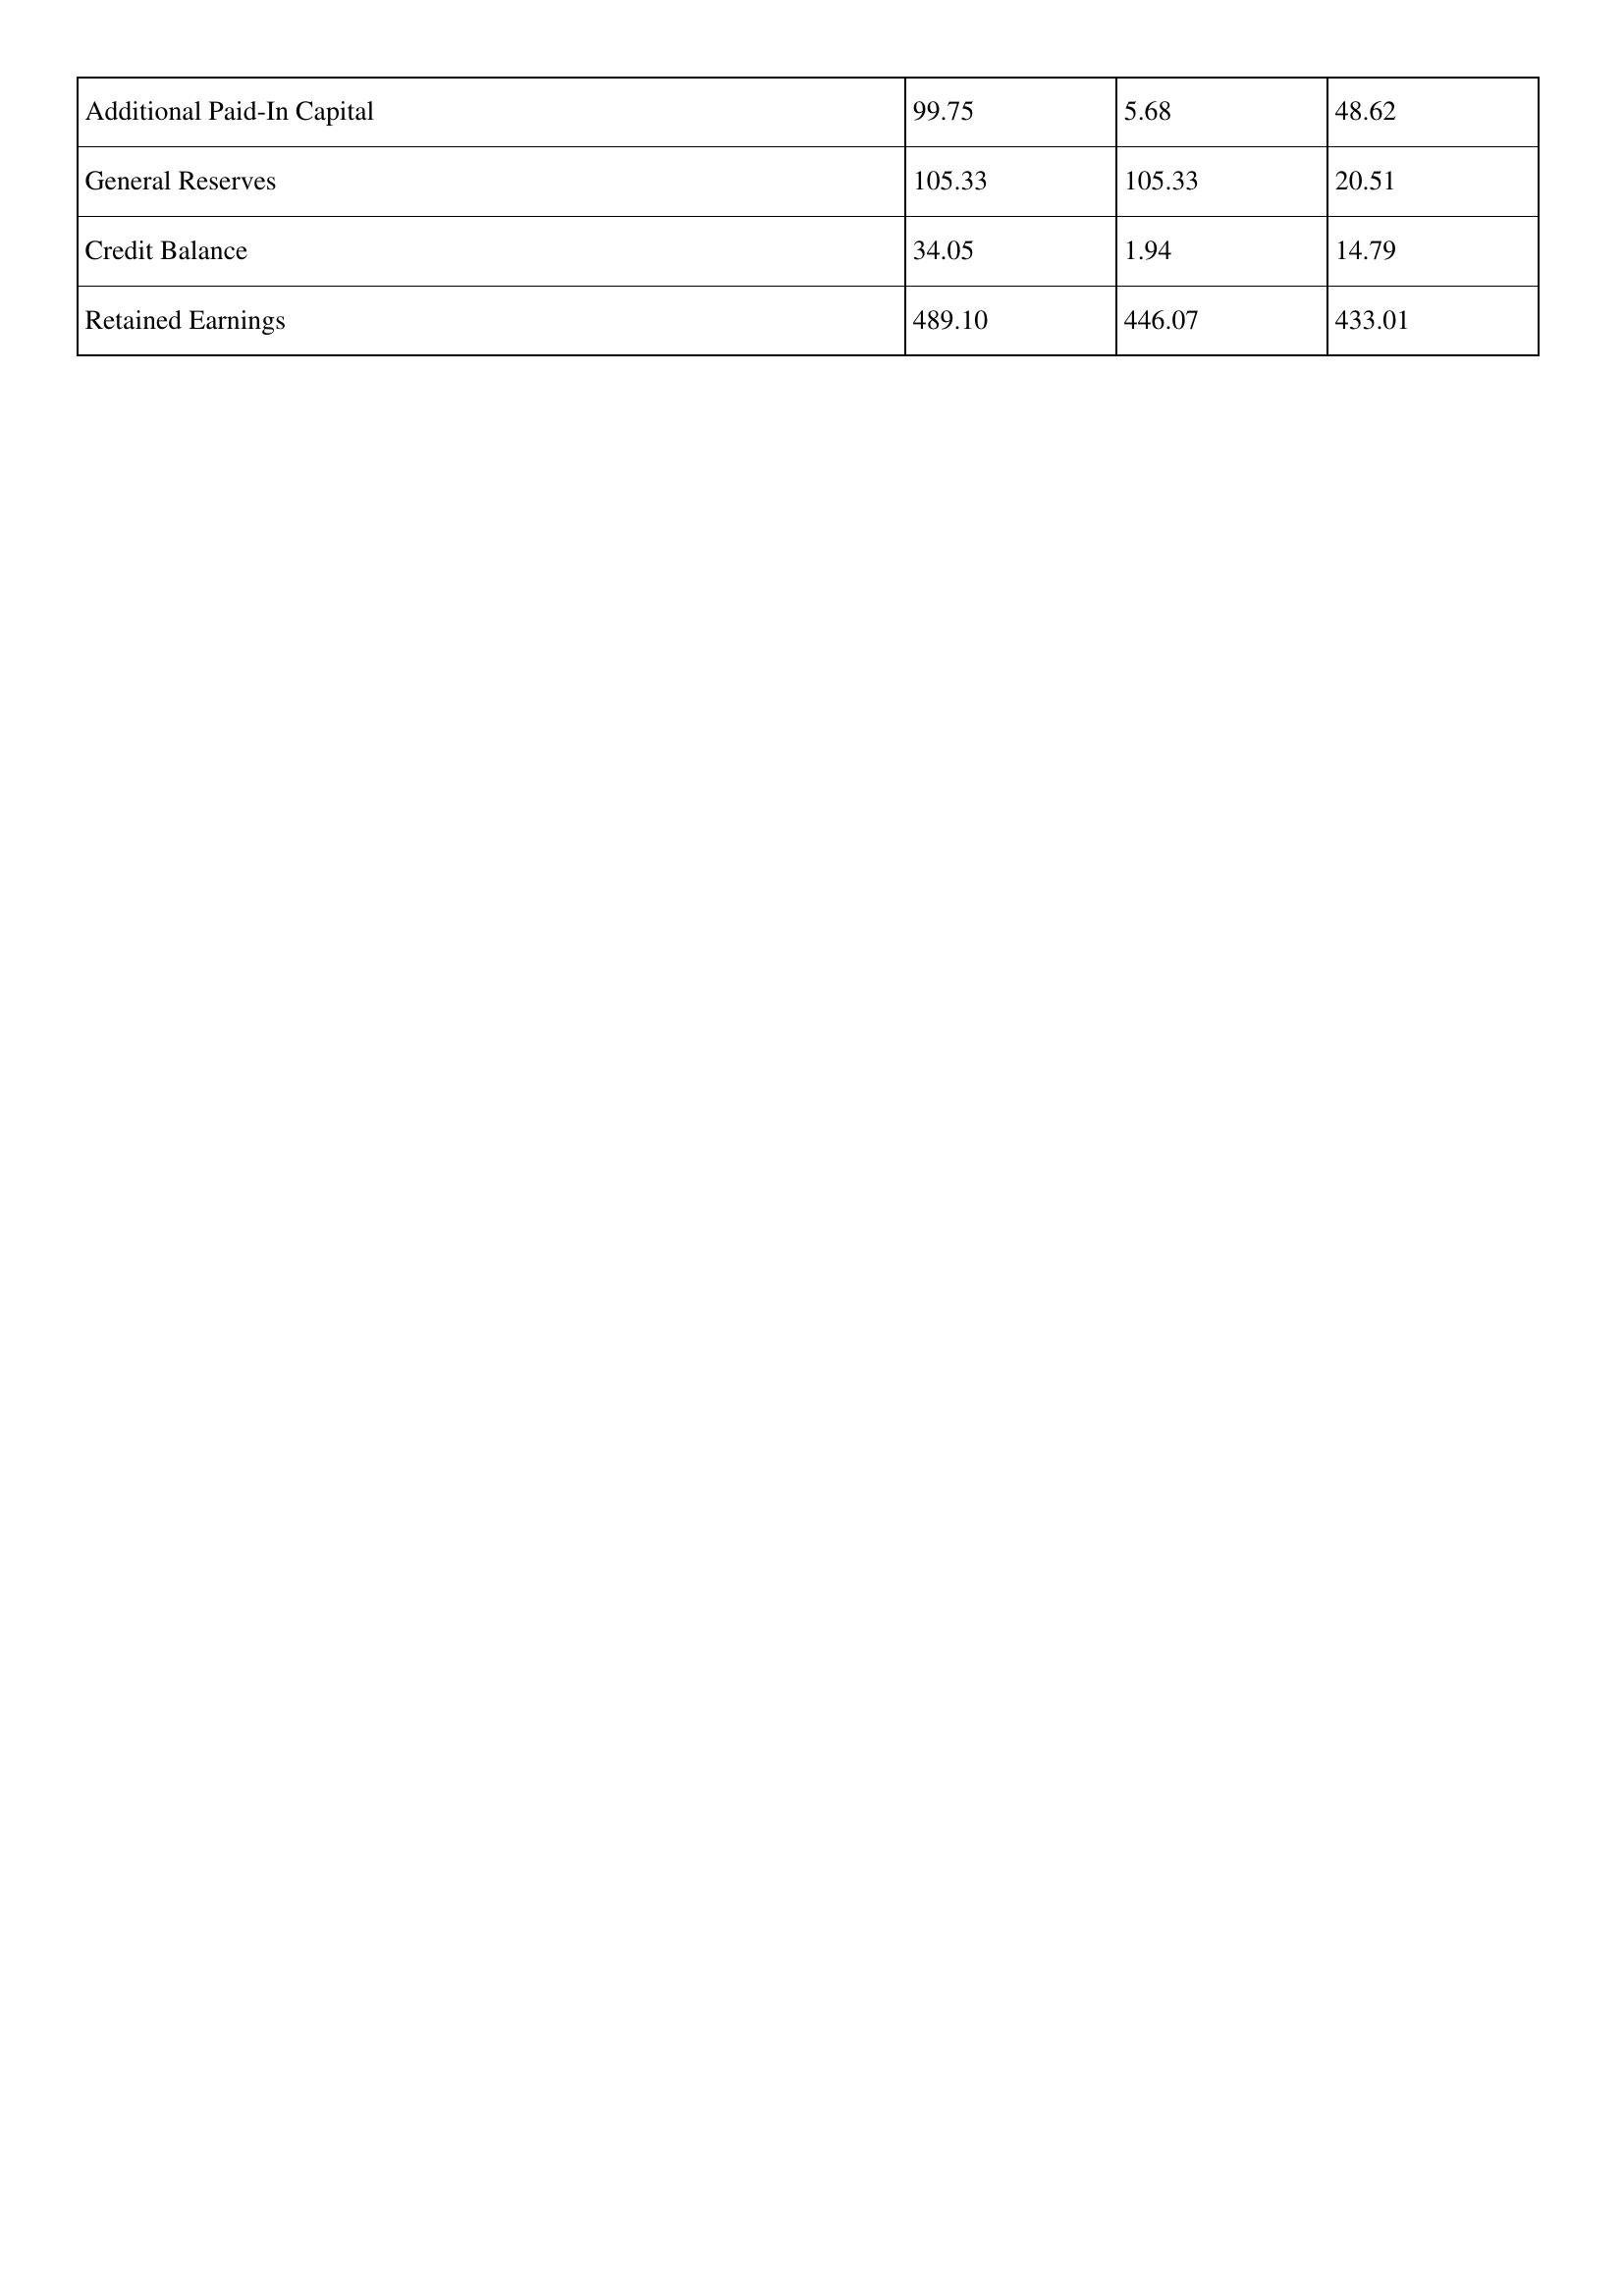
gt_parse: 2018: Additional Paid-In Capital: 99.75
General Reserves: 105.33
Credit Balance: 34.05
Retained Earnings: 489.10
2017: Additional Paid-In Capital: 5.68
General Reserves: 105.33
Credit Balance: 1.94
Retained Earnings: 446.07
2016: Additional Paid-In Capital: 48.62
General Reserves: 20.51
Credit Balance: 14.79
Retained Earnings: 433.01